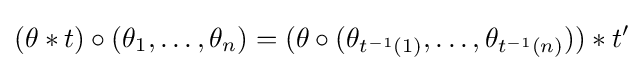
(\theta *t)\circ (\theta _{1},\ldots ,\theta _{n})=(\theta \circ (\theta _{t^{-1}(1)},\ldots ,\theta _{t^{-1}(n)}))*t'